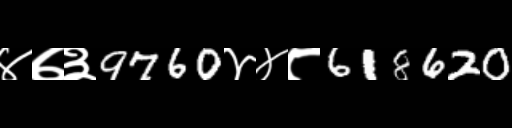
Text: ४७३9760४४८618620